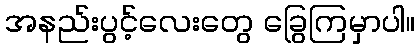
အနည်းပွင့်လေးတွေ ခြွေကြမှာပါ။